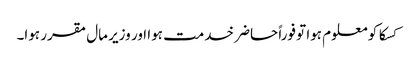
کسکا کو معلوم ہوا تو فوراً حاضر خدمت ہوا اور وزیر مال مقرر ہوا۔